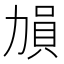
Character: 𠢋